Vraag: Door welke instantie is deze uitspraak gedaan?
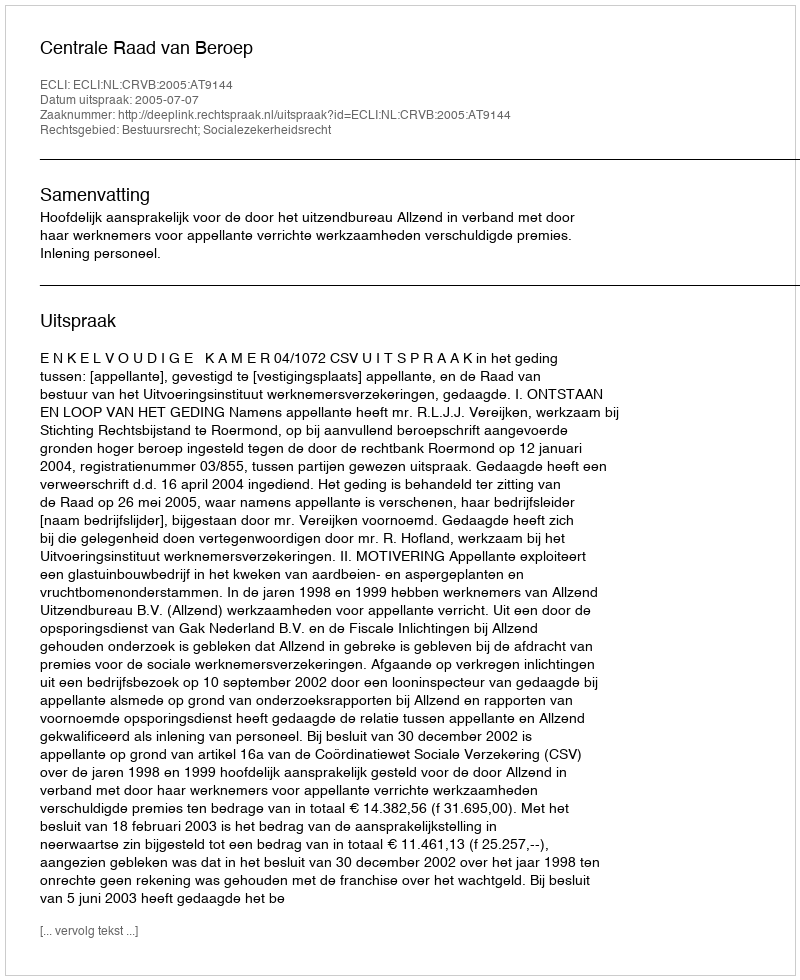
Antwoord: Centrale Raad van Beroep